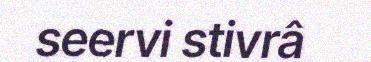
seervi stivrâ